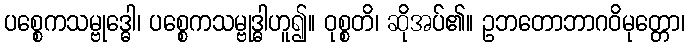
ပစ္စေကသမ္ဗုဒ္ဓေါ၊ ပစ္စေကသမ္ဗုဒ္ဓါဟူ၍။ ဝုစ္စတိ၊ ဆိုအပ်၏။ ဥဘတောဘာဂဝိမုတ္တော၊